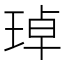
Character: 琸